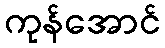
ကုန်အောင်